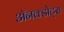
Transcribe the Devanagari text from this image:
ॲनक्डोट्स